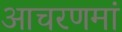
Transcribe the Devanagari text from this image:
आचरणमां